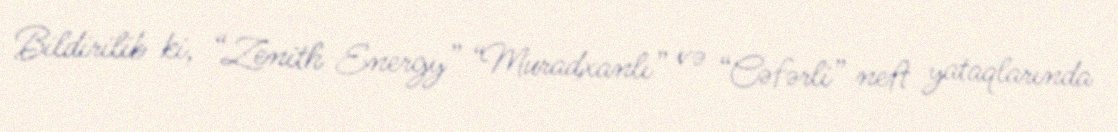
Bildirilib ki, “Zenith Energy” “Muradxanlı” və “Cəfərli” neft yataqlarında